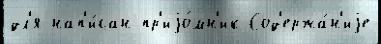
дл'я нап'и́сан пр'иjо́мн'ик Сод'ержа́н'иjе